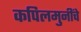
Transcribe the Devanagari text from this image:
कपिलमुनींचे